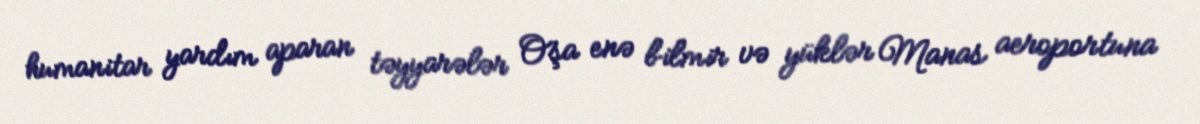
humanitar yardım aparan təyyarələr Oşa enə bilmir və yüklər Manas aeroportuna